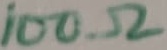
Text: 100Ω